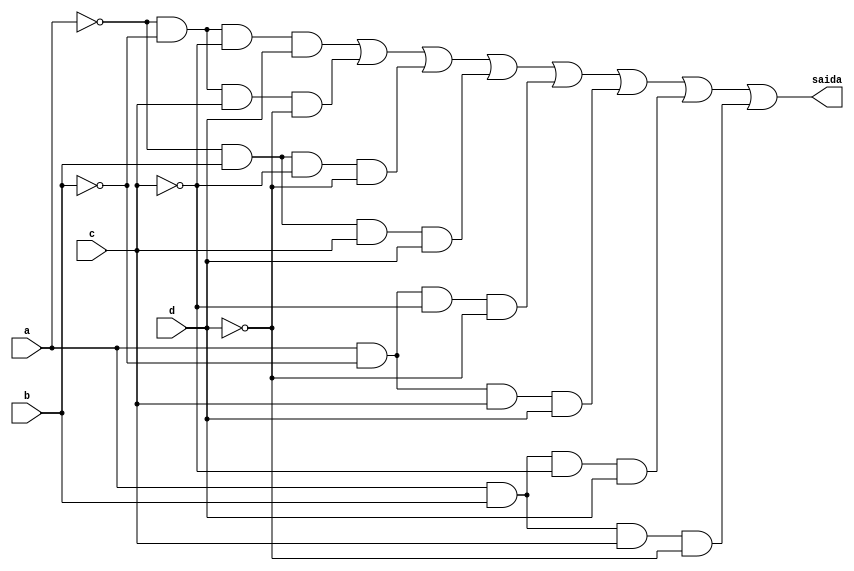
// Nome: Isabella Gonales
// Matrcula: 420120

module metodoprovae ( saida,a,b,c,d );

output saida;
input a,b,c,d;
wire temp1,temp2,temp3,temp4,temp5,temp6,temp7,temp8,temp9,temp10,temp11,temp12;
wire temp13,temp14,temp15,temp16,temp17,temp18,temp19,temp20;
wire temp21,temp22,temp23,temp24;


not NOT1 (temp1,a);
not NOT2 (temp2,b);
not NOT3 (temp3,c);
and AND1 (temp4,temp1,temp2,temp3,d);
not NOT4 (temp5,a);
not NOT5 (temp6,b);
not NOT6 (temp7,d);
and AND2 (temp8,temp5,temp6,c,temp7);
not NOT7 (temp9,a);
not NOT8 (temp10,c);
not NOT9 (temp11,d);
and AND3 (temp12,temp9,b,temp10,temp11);
not NOT10(temp13,a);
and AND4 (temp14,temp13,b,c,d);
not NOT11(temp15,b);
not NOT12(temp16,c);
not NOT13(temp17,d);
and AND5 (temp18,a,temp15,temp16,temp17);
not NOT14(temp19,b);
and AND6 (temp20,a,temp19,c,d);
not NOT15(temp21,c);
and AND7 (temp22,a,b,temp21,d);
not NOT16(temp23,d);
and AND8 (temp24,a,b,c,temp23);
or OR1   (saida,temp4,temp8,temp12,temp14,temp18,temp20,temp22,temp24);

endmodule
 
module testprova1;
reg a,b,c,d;
wire saida;

metodoprovae PROVAE ( saida,a,b,c,d );

initial begin:start
        a=0; b=0; c=0; d=0;
end

initial begin: main
#1 $display (" Circuito da questao e da prova ");
#1 $display (" a |  b |  c |  d  =  saida ");
  $monitor (" %b  | %b  | %b |  %b  =   %b ",a,b,c,d,saida);
           #1 a=0;    b=0;   c=0;   d=1;
			  #1 a=0;    b=0;   c=1;   d=0;
			  #1 a=0;    b=0;   c=1;   d=1;
			  #1 a=0;    b=1;   c=0;   d=0;
			  #1 a=0;    b=1;   c=0;   d=1;
			  #1 a=0;    b=1;   c=1;   d=0;
			  #1 a=0;    b=1;   c=1;   d=1;
			  #1 a=1;    b=0;   c=0;   d=0;
			  #1 a=1;    b=0;   c=0;   d=1;
			  #1 a=1;    b=0;   c=1;   d=0;
			  #1 a=1;    b=0;   c=1;   d=1;
			  #1 a=1;    b=1;   c=0;   d=0;
			  #1 a=1;    b=1;   c=0;   d=1;
			  #1 a=1;    b=1;   c=1;   d=0;
			  #1 a=1;    b=1;   c=1;   d=1;
			  
			  
			  
end
endmodule

/* registrando os resultados
     Circuito da questao e da prova 
     a |  b |  c |  d  =  saida 
     0  | 0  | 0 |  0  =   0 
     0  | 0  | 0 |  1  =   1 
     0  | 0  | 1 |  0  =   1 
     0  | 0  | 1 |  1  =   0 
     0  | 1  | 0 |  0  =   1 
     0  | 1  | 0 |  1  =   0 
     0  | 1  | 1 |  0  =   0 
     0  | 1  | 1 |  1  =   1 
     1  | 0  | 0 |  0  =   1 
     1  | 0  | 0 |  1  =   0 
     1  | 0  | 1 |  0  =   0 
     1  | 0  | 1 |  1  =   1 
     1  | 1  | 0 |  0  =   0 
     1  | 1  | 0 |  1  =   1 
     1  | 1  | 1 |  0  =   1 
     1  | 1  | 1 |  1  =   0 
    
     ----jGRASP: operation complete   
 */